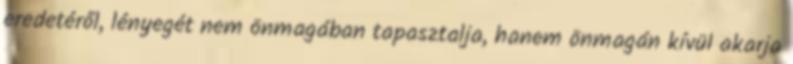
eredetéről, lényegét nem önmagában tapasztalja, hanem önmagán kívül akarja